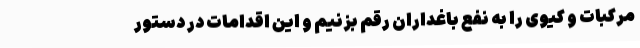
مرکبات و کیوی را به نفع باغداران رقم بزنیم و این اقدامات در دستور